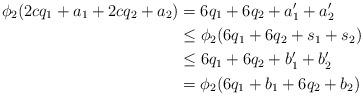
LaTeX: \begin{align*}\phi_2(2cq_1+a_1+2cq_2+a_2)&=6q_1+6q_2+a'_1+a'_2\\&\leq \phi_2(6q_1+6q_2+s_1+s_2)\\&\leq 6q_1+6q_2+b'_1+b'_2\\&= \phi_2(6q_1+b_1+6q_2+b_2)\end{align*}